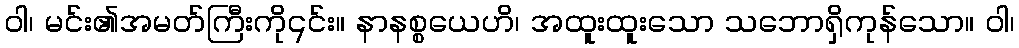
ဝါ၊ မင်း၏အမတ်ကြီးကို၎င်း။ နာနစ္စယေဟိ၊ အထူးထူးသော သဘောရှိကုန်သော။ ဝါ၊